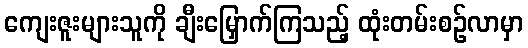
ကျေးဇူးများသူကို ချီးမြှောက်ကြသည့် ထုံးတမ်းစဉ်လာမှာ